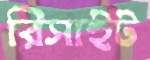
রিসাইট